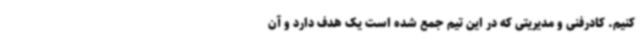
کنیم. کادرفنی و مدیریتی که در این تیم جمع شده است یک هدف دارد و آن